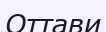
Оттави